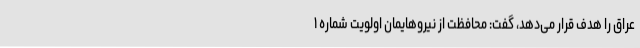
عراق را هدف قرار می‌دهد، گفت: محافظت از نیروهایمان اولویت شماره ۱